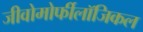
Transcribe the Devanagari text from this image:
जीवोमोर्फीलॉजिकल